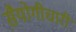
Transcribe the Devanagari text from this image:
स़ैयोगीचारी